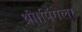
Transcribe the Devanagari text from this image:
थी।पिंगला